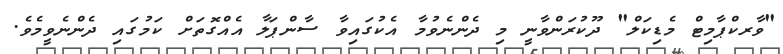
"ވާރކްޕާމިޓް މެޑިކަލް" ދޫކުރަންވާނީ މި ދެންނެވުމާ އެކުގައިވާ ސާންޕަލާ އެއްގޮތަށް ކަމުގައި ދެންނެވީމެވެ.